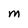
Character: M